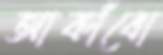
আকাঁবো